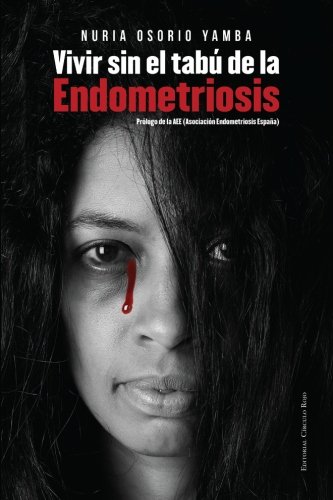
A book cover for Vivir sin el tabÃº de la Endometriosis (Spanish Edition); Nuria Osorio Yamba; Health, Fitness & Dieting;